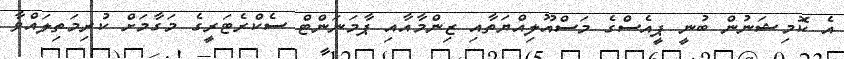
އެ ކޮމިޝަނުން ބުނީ ޕީއެސްގެ މަސްއޫލިއްޔަތާއި ޒިންމާއާއި ޕާމަނަންޓް ސެކްރެޓަރީގެ މަގާމަށް ކުރިމަތިލައްވާ